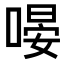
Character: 𠹵